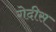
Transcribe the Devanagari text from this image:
गेदीस